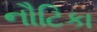
નૌટિકા